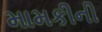
મામકીની